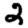
Digit: 2